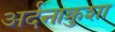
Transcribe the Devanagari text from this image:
अर्दनाक्रुशा